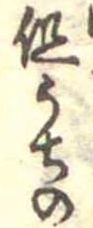
但うちの